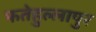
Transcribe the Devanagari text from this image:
फतेहुल्लापुर